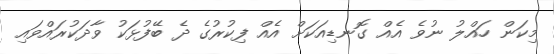
މިކަން ހައްލު ނުވެ އެއް ގޮނޑިއަކަށް އެއް ފިކުރުގެ ދެ ބޭފުޅަކު ވާދަކުރައްވައި